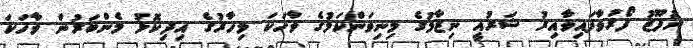
ނުފޫޒު ފޯރުވާފައިވާއިރު ޝަރުއީ ނިޒާމުގެ މިނިވަންކަމުގެ ވާހަކަ މިހާރުގެ އިދިކޮޅު މެންބަރުން ވާހަކަ